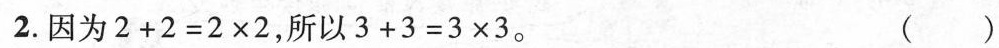
2.因为$$2 + 2 = 2 \times 2$$，所以$$3 + 3 = 3 \times 3$$。 ( )